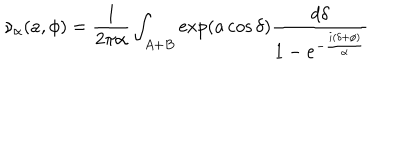
\nu _ { \alpha } ( a , \phi ) = { \frac { 1 } { 2 \pi \alpha } } \int _ { A + B } \exp ( a \cos \delta ) { \frac { d \delta } { 1 - e ^ { - { \frac { i ( \delta + \phi ) } { \alpha } } } } }